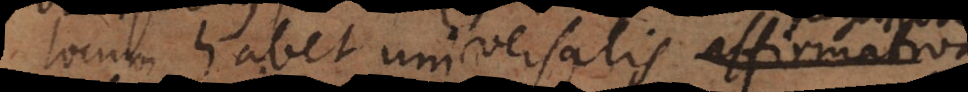
locum habet universalis affirmativa